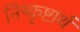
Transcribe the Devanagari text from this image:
निष्कृष्टार्थ